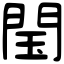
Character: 閠